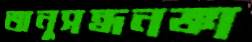
অনুসন্ধনজ্ঞা